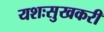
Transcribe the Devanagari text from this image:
यशःसुखकरी